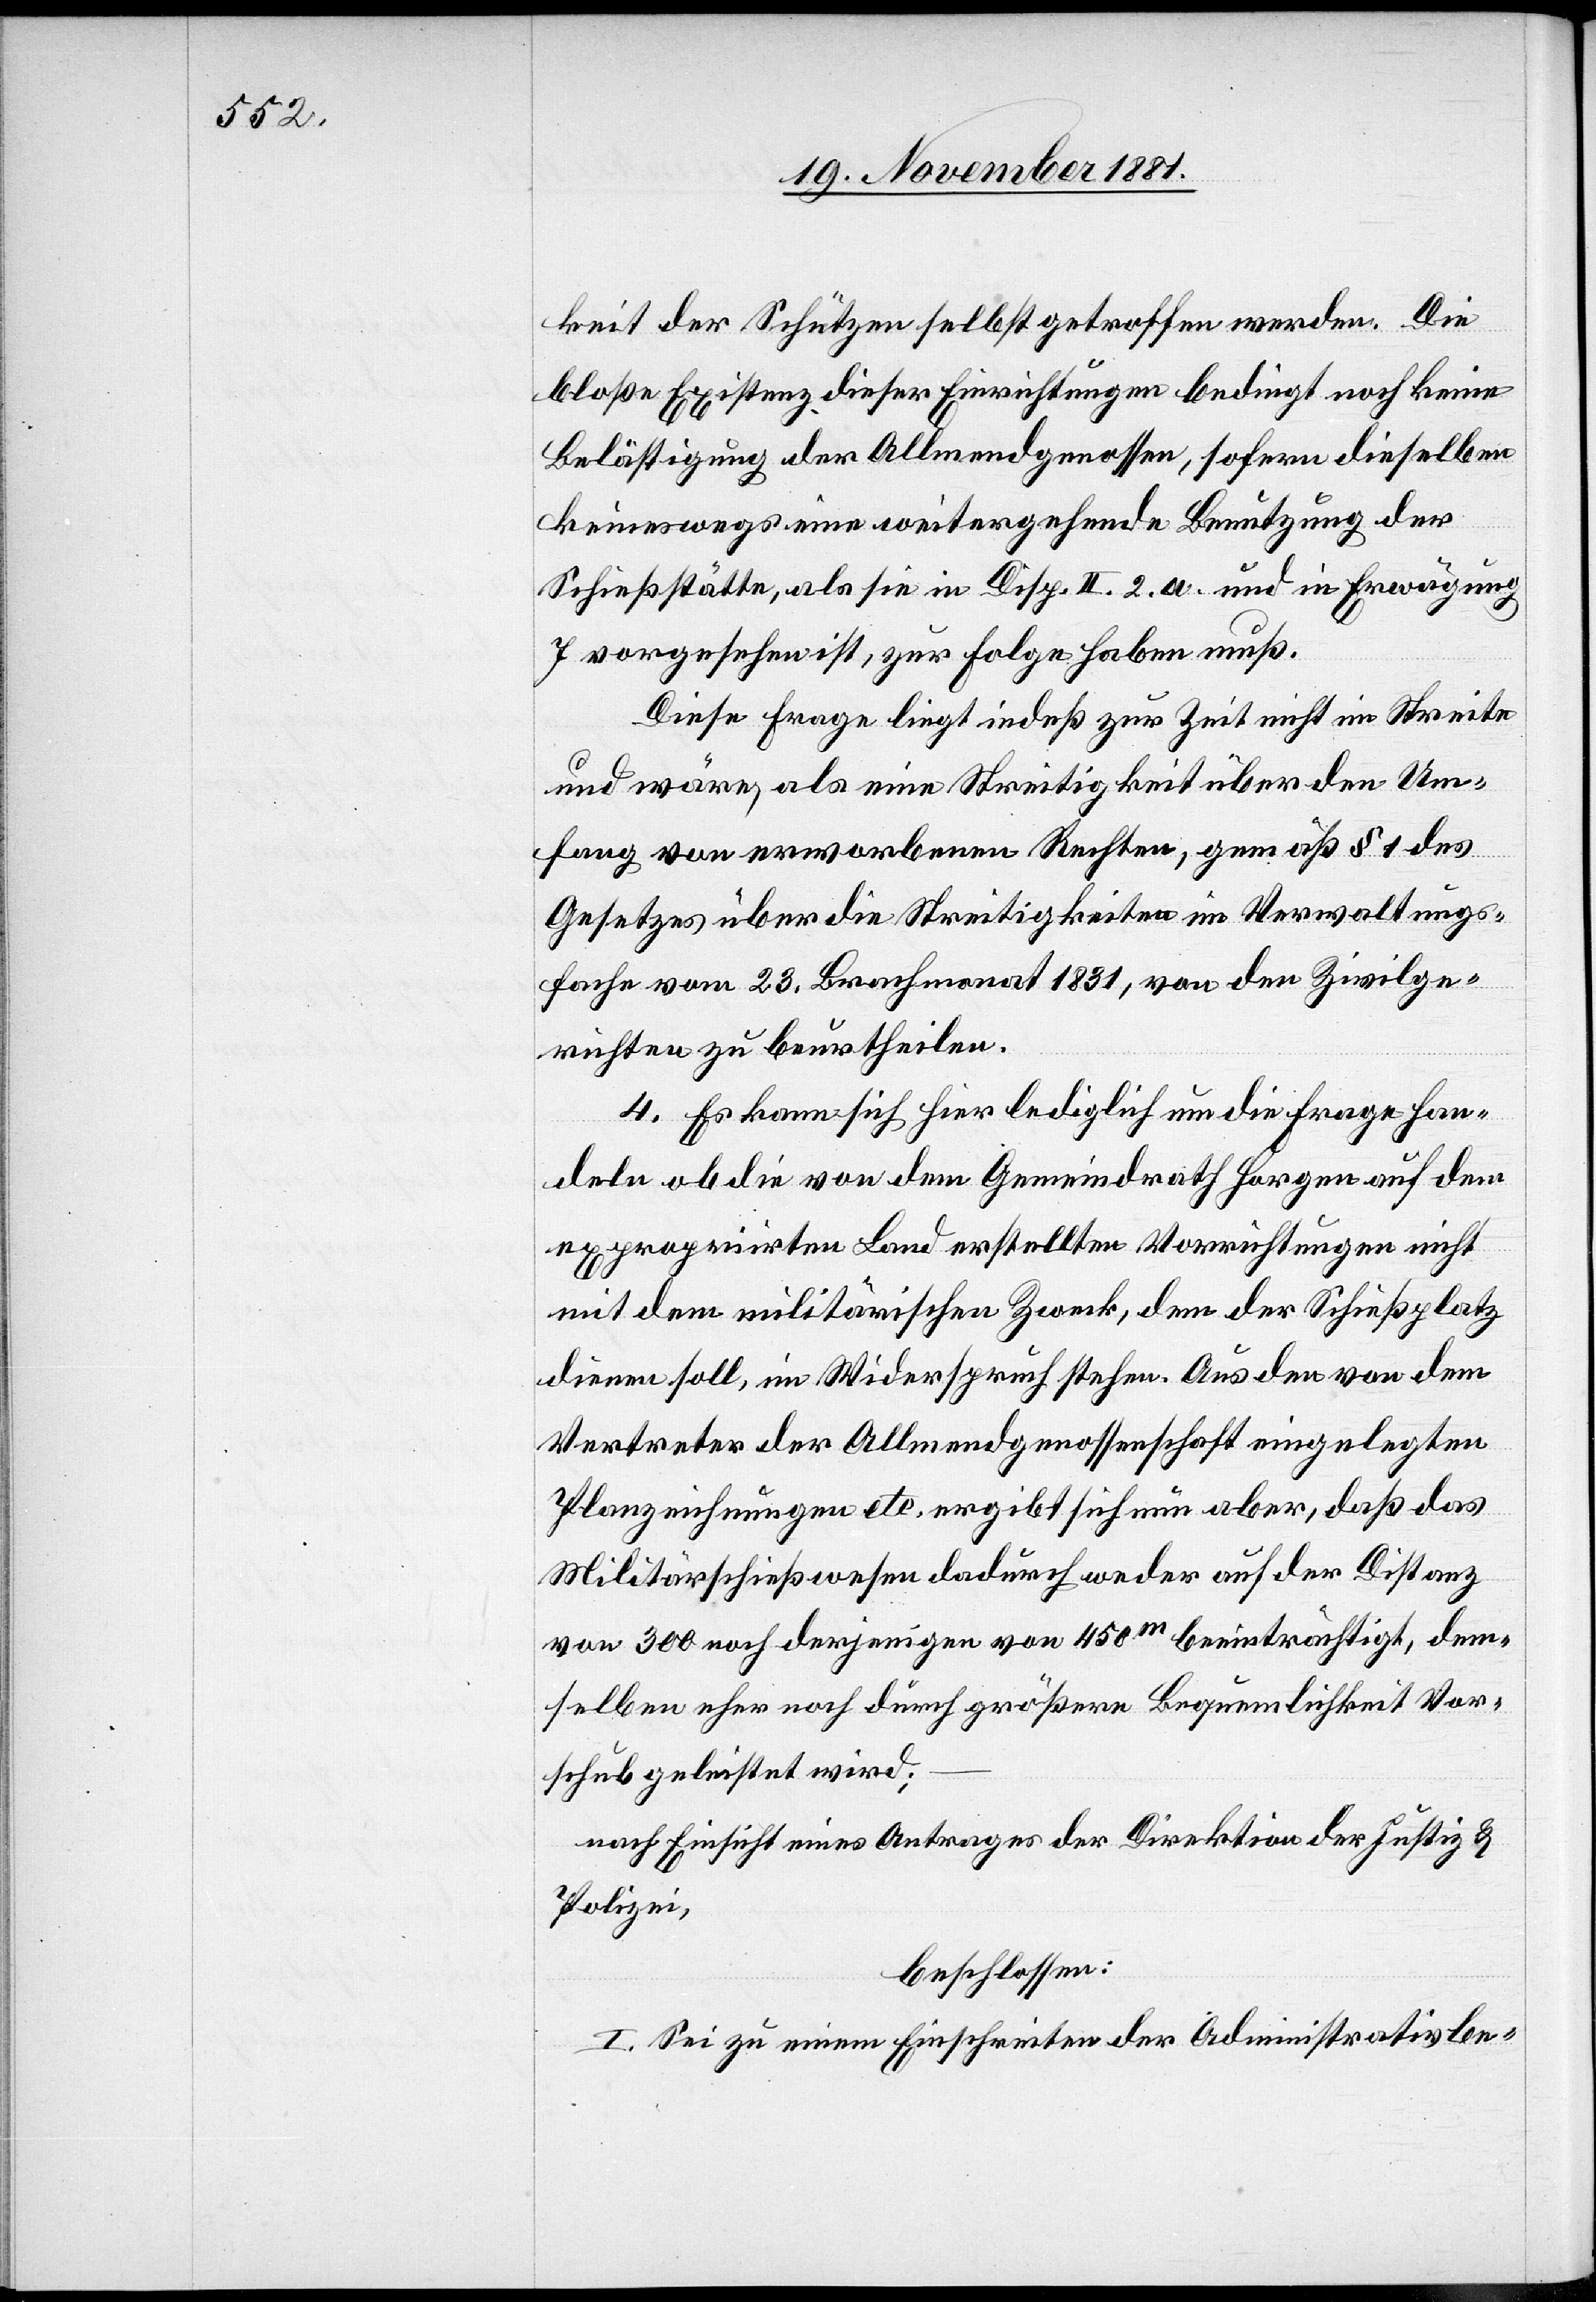
keit der Schützen selbst getroffen werden. Die
bloße Existenz dieser Einrichtungen bedingt noch keine
Belästigung der Allmendgenossen, sofern dieselben
keineswegs eine weitergehende Benutzung der
Schießstätte, als sie in Disp. II. 2. a. und in Erwägung
7 vorgesehen ist, zur Folge haben muß.
Diese Frage liegt indeß zur Zeit nicht im Streite
und wäre, als eine Streitigkeit über den Um¬
fang von erworbenen Rechten, gemäß § 1 des
Gesetzes über die Streitigkeiten in Verwaltungs¬
sache vom 23. Brachmonat 1831, von den Zivilge¬
richten zu beurtheilen.
4. Es kann sich hier lediglich um die Frage han¬
deln[,] ob die von dem Gemeindrath Horgen auf dem
expropriirten Land erstellten Vorrichtungen nicht
mit dem militärischen Zweck, dem der Schießplatz
dienen soll, im Widerspruch stehen. Aus den von dem
Vertreter der Allmendgenossenschaft eingelegten
Planzeichnungen etc. ergibt sich nun aber, daß das
Militärschießwesen dadurch weder auf der Distanz
von 300 noch derjenigen von 450m beeinträchtigt, dem¬
selben eher noch durch größere Bequemlichkeit Vor¬
schub geleistet wird:
nach Einsicht eines Antrages der Direktion der Justiz &
Polizei,
beschlossen:
I. Sei zu einem Einschreiten der Administrativbe-